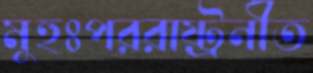
মুহুঃপররাষ্ট্রনীত